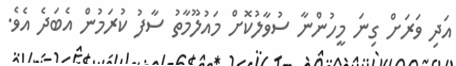
އަދި ވަރަށް ގިނަ މީހުންނާ ސުވާލުކޮށް މައުލޫމާތު ސާފު ކުރަމުން އެބަދެ އެވެ.